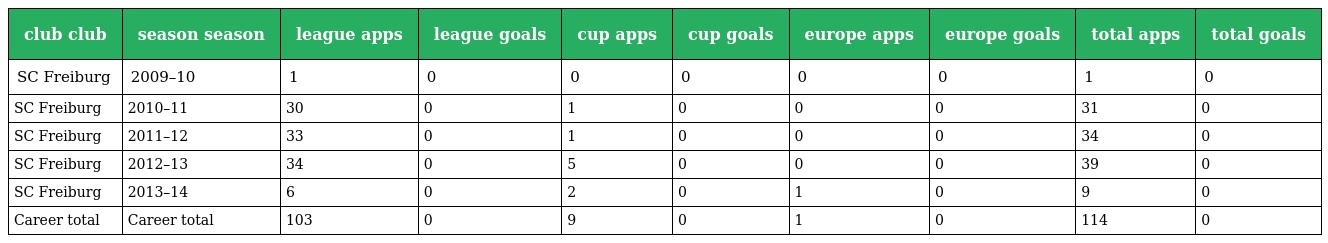
| club club | season season | league apps | league goals | cup apps | cup goals | europe apps | europe goals | total apps | total goals |
 | --- | --- | --- | --- | --- | --- | --- | --- | --- | --- |
 | SC Freiburg | 2009–10 | 1 | 0 | 0 | 0 | 0 | 0 | 1 | 0 |
 | SC Freiburg | 2010–11 | 30 | 0 | 1 | 0 | 0 | 0 | 31 | 0 |
 | SC Freiburg | 2011–12 | 33 | 0 | 1 | 0 | 0 | 0 | 34 | 0 |
 | SC Freiburg | 2012–13 | 34 | 0 | 5 | 0 | 0 | 0 | 39 | 0 |
 | SC Freiburg | 2013–14 | 6 | 0 | 2 | 0 | 1 | 0 | 9 | 0 |
 | Career total | Career total | 103 | 0 | 9 | 0 | 1 | 0 | 114 | 0 |